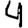
Digit: 4